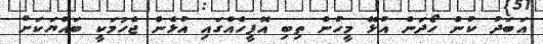
އަބަދު ކުން ހޯދަން އުޅޭ މީހުން ތިބި އޮފީހެއްގައި އުޅެން ޖެހުމަކީ ބައްޔަކަށް